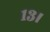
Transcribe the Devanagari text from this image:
१३।